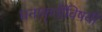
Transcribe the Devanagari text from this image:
घनाकृतींविषयीं